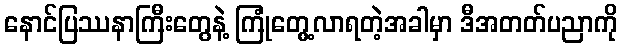
နောင်ပြဿနာကြီးတွေနဲ့ ကြုံတွေ့လာရတဲ့အခါမှာ ဒီအတတ်ပညာကို